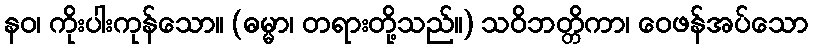
နဝ၊ ကိုးပါးကုန်သော။ (ဓမ္မာ၊ တရားတို့သည်။) သဝိဘတ္တိကာ၊ ဝေဖန်အပ်သော